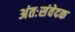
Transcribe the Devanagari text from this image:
अंतःसंवेदक